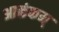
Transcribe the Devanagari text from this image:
आळंकम्